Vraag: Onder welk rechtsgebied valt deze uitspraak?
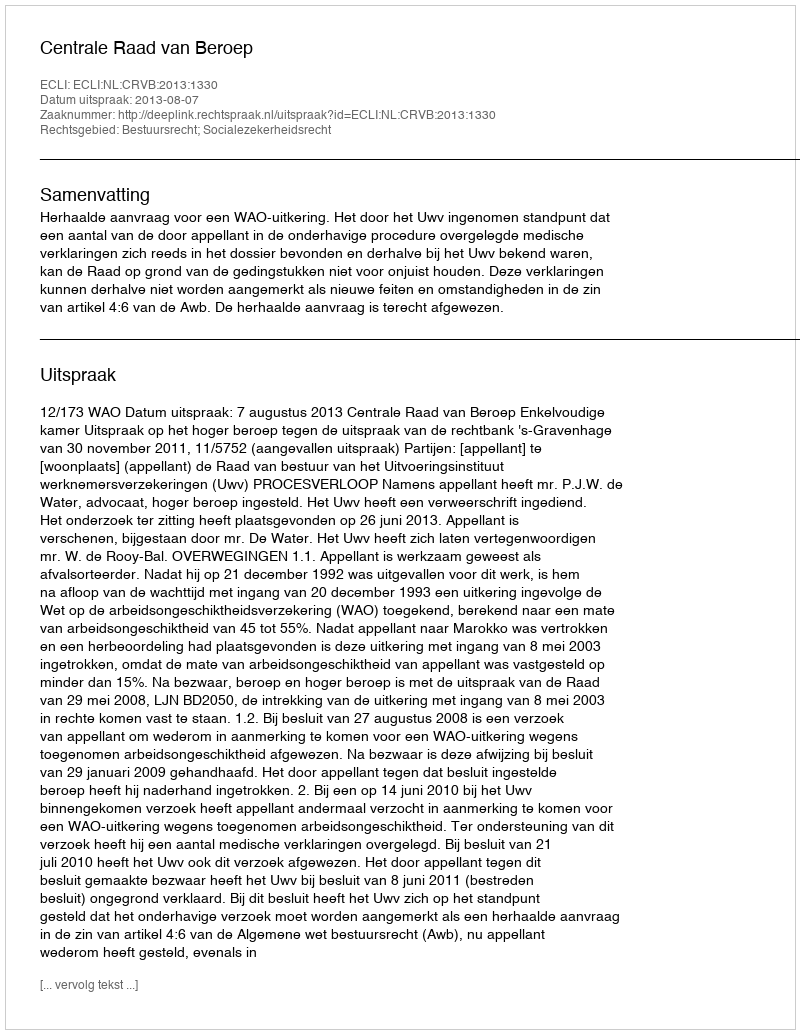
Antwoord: Bestuursrecht; Socialezekerheidsrecht